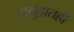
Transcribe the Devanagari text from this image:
समुद्रातही